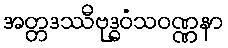
အတ္တဒဿီဗုဒ္ဓဝံသဝဏ္ဏနာ